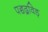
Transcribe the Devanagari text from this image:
पञ्चद्रविड़